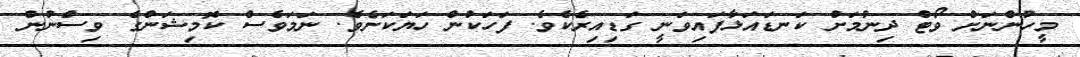
މީހުންނަށް ވޯޓް ދިނުމަށް ކަނޑައަޅާފައިވަނީ ގަޑިއިރެކެވެ. ފަހަކުން ހަޔަކަށެވެ. ނަމަވެެސް ކޮމިޝަންގެ ވިސްނުން